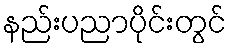
နည်းပညာပိုင်းတွင်